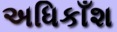
અધિકાઁશ